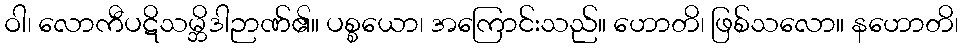
ဝါ၊ လောကီပဋိသမ္ဘိဒါဉာဏ်၏။ ပစ္စယော၊ အကြောင်းသည်။ ဟောတိ၊ ဖြစ်သလော။ နဟောတိ၊